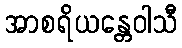
အာစရိယန္တေဝါသီ